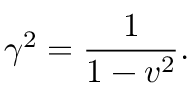
\gamma ^ { 2 } = { \frac { 1 } { 1 - v ^ { 2 } } } .